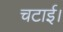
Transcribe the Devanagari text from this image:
चटाई।